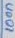
Text: 100n